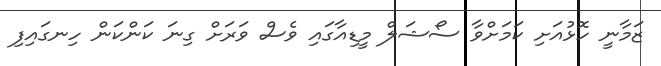
ޒަމާނީ ހޮޅުއަށި ކަމަށްވާ ސޯޝަލް މީޑިއާގައި ވެސް ވަރަށް ގިނަ ކަންކަން ހިނގައިފި